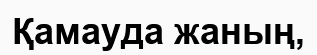
Қамауда жаның,